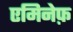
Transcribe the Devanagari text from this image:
एमिनेफ़